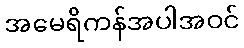
အမေရိကန်အပါအဝင်